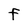
Character: F